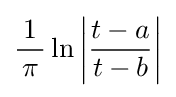
{{\frac {1}{\,\pi \,}}\ln \left\vert {\frac {t-a}{t-b}}\right\vert }